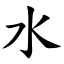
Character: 水